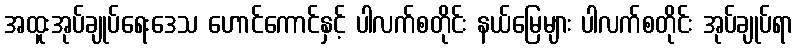
အထူးအုပ်ချုပ်ရေးဒေသ ဟောင်ကောင်နှင့် ပါလက်စတိုင်း နယ်မြေများ ပါလက်စတိုင်း အုပ်ချုပ်ရာ